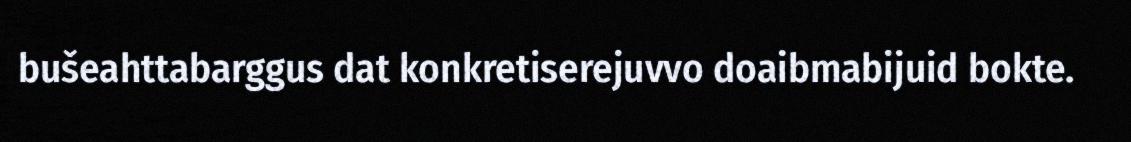
bušeahttabarggus dat konkretiserejuvvo doaibmabijuid bokte.